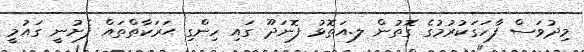
މިދުވަސް ފާހަގަކުރުމުގެ ގޮތުން ލ.އަތޮޅު ފޮނަދޫ ގައި ހިންގި ޙަރަކާތްތައް ފެށުނީ ގައުމީ